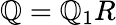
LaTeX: \textstyle\mathbb{Q}=\mathbb{Q}_{1}R